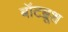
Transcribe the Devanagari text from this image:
बॉटब्रूश